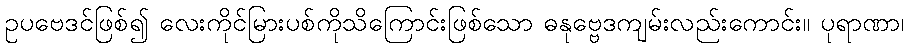
ဥပဗေဒင်ဖြစ်၍ လေးကိုင်မြားပစ်ကိုသိကြောင်းဖြစ်သော ဓနုဗ္ဗေဒကျမ်းလည်းကောင်း။ ပုရာဏာ၊